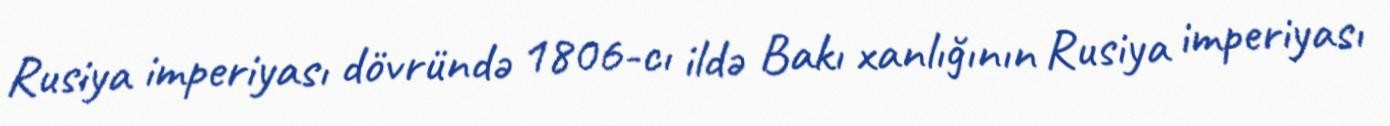
Rusiya imperiyası dövründə 1806-cı ildə Bakı xanlığının Rusiya imperiyası